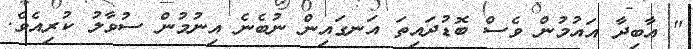
" އާބިދާ އައުމުން ވެސް ބޮޑުދައިތަ އަނގައިން ނުބެނެ އިނުމުން ސުވާލު ކުރިއެވެ.